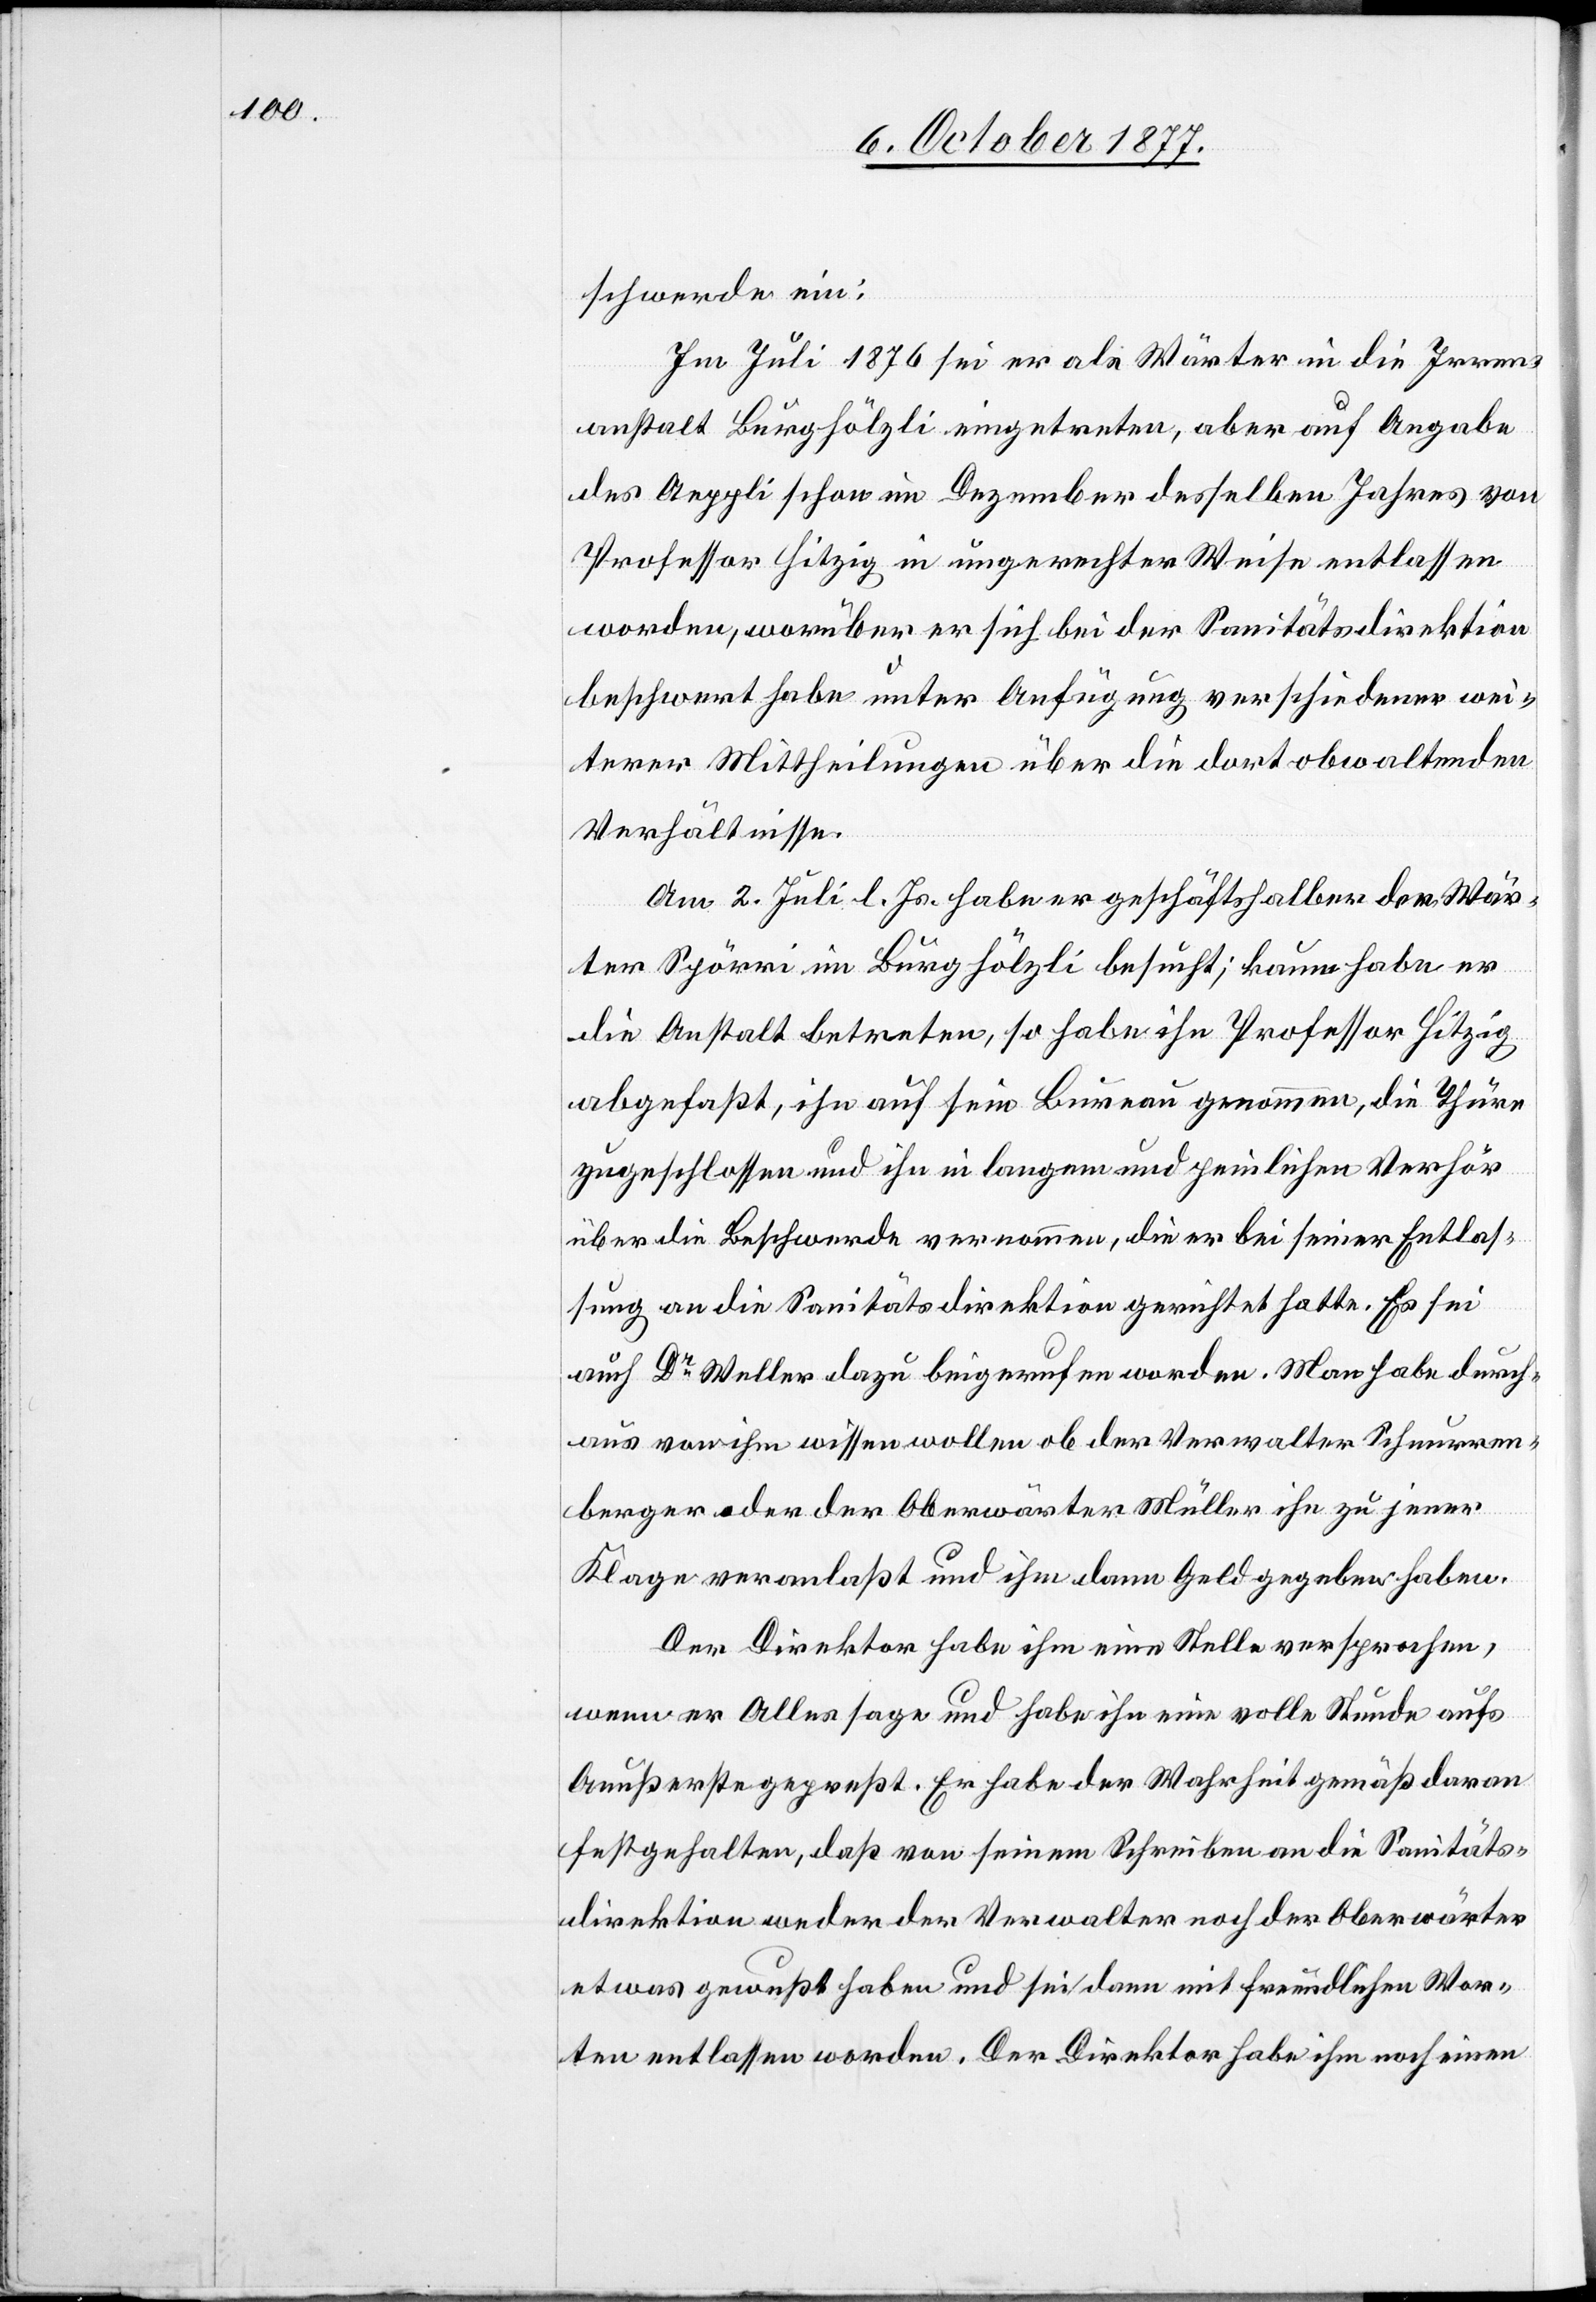
schwerde ein:
Im Juli 1876 sei er als Wärter in die Irren¬
anstalt Burghölzli eingetreten, aber auf Angabe
des Aeppli schon im Dezember desselben Jahres von
Professor Hitzig in ungerechter Weise entlassen
worden, worüber er sich bei der Sanitätsdirektion
beschwert habe unter Anfügung verschiedener wei¬
terer Mittheilungen über die dort obwaltenden
Verhältnisse.
Am 2. Juli l. Js. habe er geschäftshalber den Wär¬
ter Spörri im Burghölzli besucht; kaum habe er
die Anstalt betreten, so habe ihn Professor Hitzig
abgefaßt, ihn auf sein Bureau genommen, die Thüre
zugeschlossen und ihn in langem und peinlichen Verhör
über die Beschwerde vernommen, die er bei seiner Entlas¬
sung an die Sanitätsdirektion gerichtet hatte. Es sei
auch Dr Weller dazu beigerufen worden. Man habe durch¬
aus von ihm wissen wollen ob der Verwalter Schnurren¬
berger oder der Oberwärter Müller ihn zu jener
Klage veranlaßt und ihm dann Geld gegeben haben.
Der Direktor habe ihm eine Stelle versprochen,
wenn er Alles sage und habe ihn eine volle Stunde aufs
Aeußerste gepreßt. Er habe der Wahrheit gemäß daran
festgehalten, daß von seinem Schreiben an die Sanitäts¬
direktion weder der Verwalter noch der Oberwärter
etwas gewußt haben und sei dann mit freundlichen Wor¬
ten entlassen worden. Der Direktor habe ihm noch einen